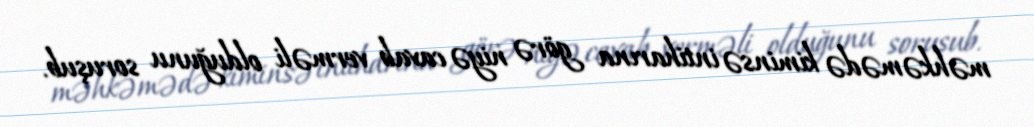
məhkəmədə kiminsə intiharına görə niyə cavab verməli olduğunu soruşub.